Vaccination in Bombay 1874-1876 - 1874-1876
Year: 1874
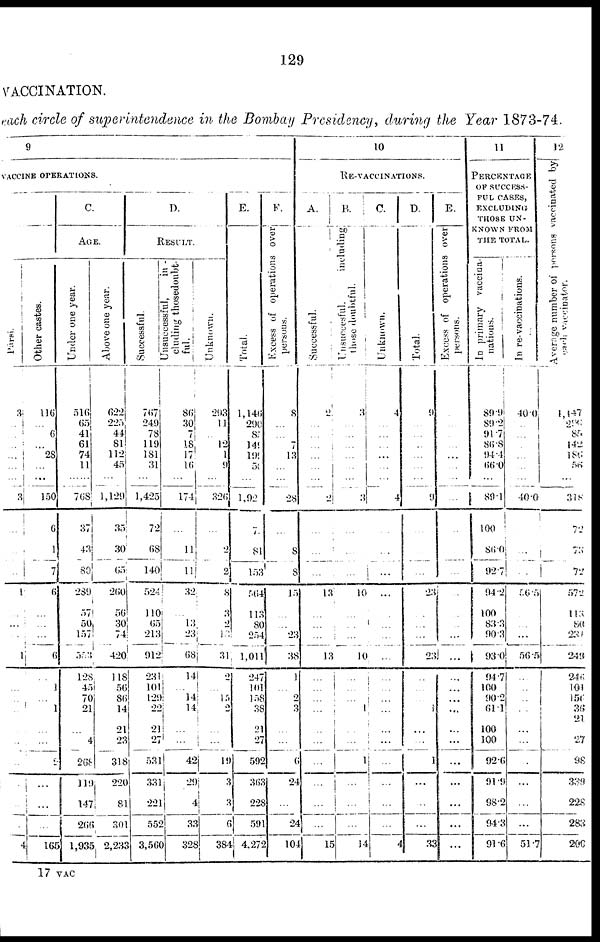
129
VACCINATION.
each circle of superintendence in the Bombay Presidency, during the Year 1873-74.
9
VACCINE OPERATIONS.
Pársi.
3
...
...
...
...
...
... 3
...
...
...
1
...
...
...
1
...
...
...
...
...
...
...
...
...
...
4
Other castes.
116
...
6
...
28
...
...
150
6
1
7
6
...
...
...
6
...
1
...
1
...
...
2
...
...
...
165
C.
AGE.
Under one year.
516
65
41
61
74
11
...
768
37
43
80
289
57
50
157
553
128
45
70
21
...
4
268
119
147
266
1,935
Above one year.
622
225
44
81
112
45
...
1,129
35
30
65
260
56
30
74
420
118
56
86
14
21
23
318
220
81
301
2,233
D.
RESULT.
Successful.
767
249
78
119
181
31
...
1,425
72
68
140
524
110
65
213
912
231
101
129
22
21
27
531
331
221
552
3,560
Unsuccessful, in ¬
cluding those doubt¬
ful.
86
30
7
18.
17
16
...
174
...
11
11
32
...
13
23
68
14
...
14
14
...
...
42
29
4
33
328
Unknown.
293
11
...
12
1
9
...
326
...
2
2
8
3
2
13
31
2
...
15
2
...
...
19
3
3
6
384
E
Total.
1,146
290
85
149
199
50
...
1.92
7
81
153
564
113
80
254
1,011
247
101
158
38
21
27
592
363
228
591
4,272
F.
Excess of operations over
persons.
8
...
...
7
13
...
28
...
8
8
15
...
...
23
38
1
...
2
3
...
...
6
24
...
24
104
10
RE-VACCINATIONS.
A.
Successful.
2
...
...
...
...
...
...
2
...
...
...
13
...
...
...
13
...
...
...
...
...
...
...
...
...
...
15
B
Unsuccesful.
including
those doubtful.
3
...
...
...
...
...
...
3
...
...
...
10
...
...
...
10
...
...
...
1
...
...
1
...
...
...
14
C.
Unknown.
4
...
...
...
...
...
...
4
...
...
...
...
...
...
...
...
...
...
...
...
...
...
...
...
...
...
4
D
Total.
9
...
...
...
...
...
...
9
...
...
...
23
...
...
...
23
...
...
...
1
...
...
1
...
...
...
33
E.
Excess of operations over
persons.
...
...
...
...
...
...
...
...
...
...
...
...
...
...
...
...
...
...
...
...
...
...
...
...
...
...
...
11
PERCENTAGE
OF SUCCESS-
---
CASES,
EXCLUDING
THOSE UN¬
KNOWN FROM
THE TOTAL.
In primary vaccina¬
nations.
89.9
89.2
91.7
86.8
94.4
66.0
...
89.1
100
86.0
92.7
94.2
100
83.3
90.3
93.0
94.7
100
90.2
61.1
100
100
92.6
91.9
98.2
94.3
91.6
In re-vaccinations.
40.0
...
...
...
...
...
...
40.0
...
...
...
56.5
...
...
...
56.5
...
...
...
...
...
...
...
...
...
...
51.7
12
Average number of persons vaccinated by
each vaccinator.
1,147
296
85
142
186
56
...
318
72
73
72
572
113
80
231
249
246
101
156
36
21
27
98
339
228
283
200
17 VAC